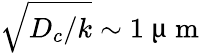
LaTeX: \sqrt{D_{c}/k}\sim 1~\upmu\mathrm{~m~}